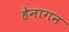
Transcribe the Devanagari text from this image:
हेनागन